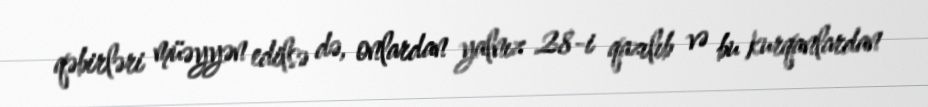
qəbirləri müəyyən edilsə də, onlardan yalnız 28-i qazılıb və bu kurqanlardan